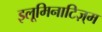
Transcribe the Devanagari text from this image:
इलूमिनाटिज़्म